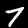
Digit: 7